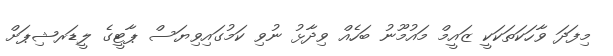
މިފަދަ ވާހަކަތަކަކީ ޒައީމް މައުމޫނު ބަހެއް ވިދާޅު ނުވި ކަމުގައިވިޔަސް ޕާޓީގެ ލީޑަރޝިޕަށް